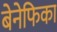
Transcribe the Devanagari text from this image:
बेनेफिका